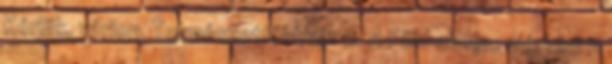
Kérjük, várjon. Természetföldrajz 2. A Föld alakja, méretei A